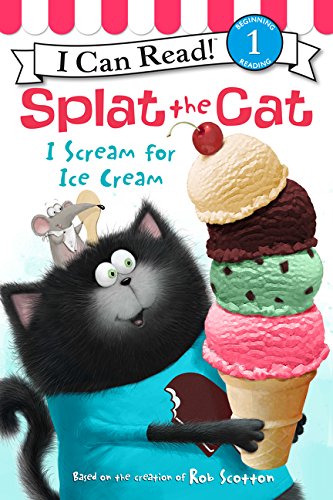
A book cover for Splat the Cat: I Scream for Ice Cream (I Can Read Level 1); Rob Scotton; Children's Books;